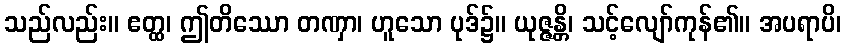
သည်လည်း။ ဧတ္ထ၊ ဤတိဿော တဏှာ၊ ဟူသော ပုဒ်၌။ ယုဇ္ဇန္တိ၊ သင့်လျော်ကုန်၏။ အပရာပိ၊